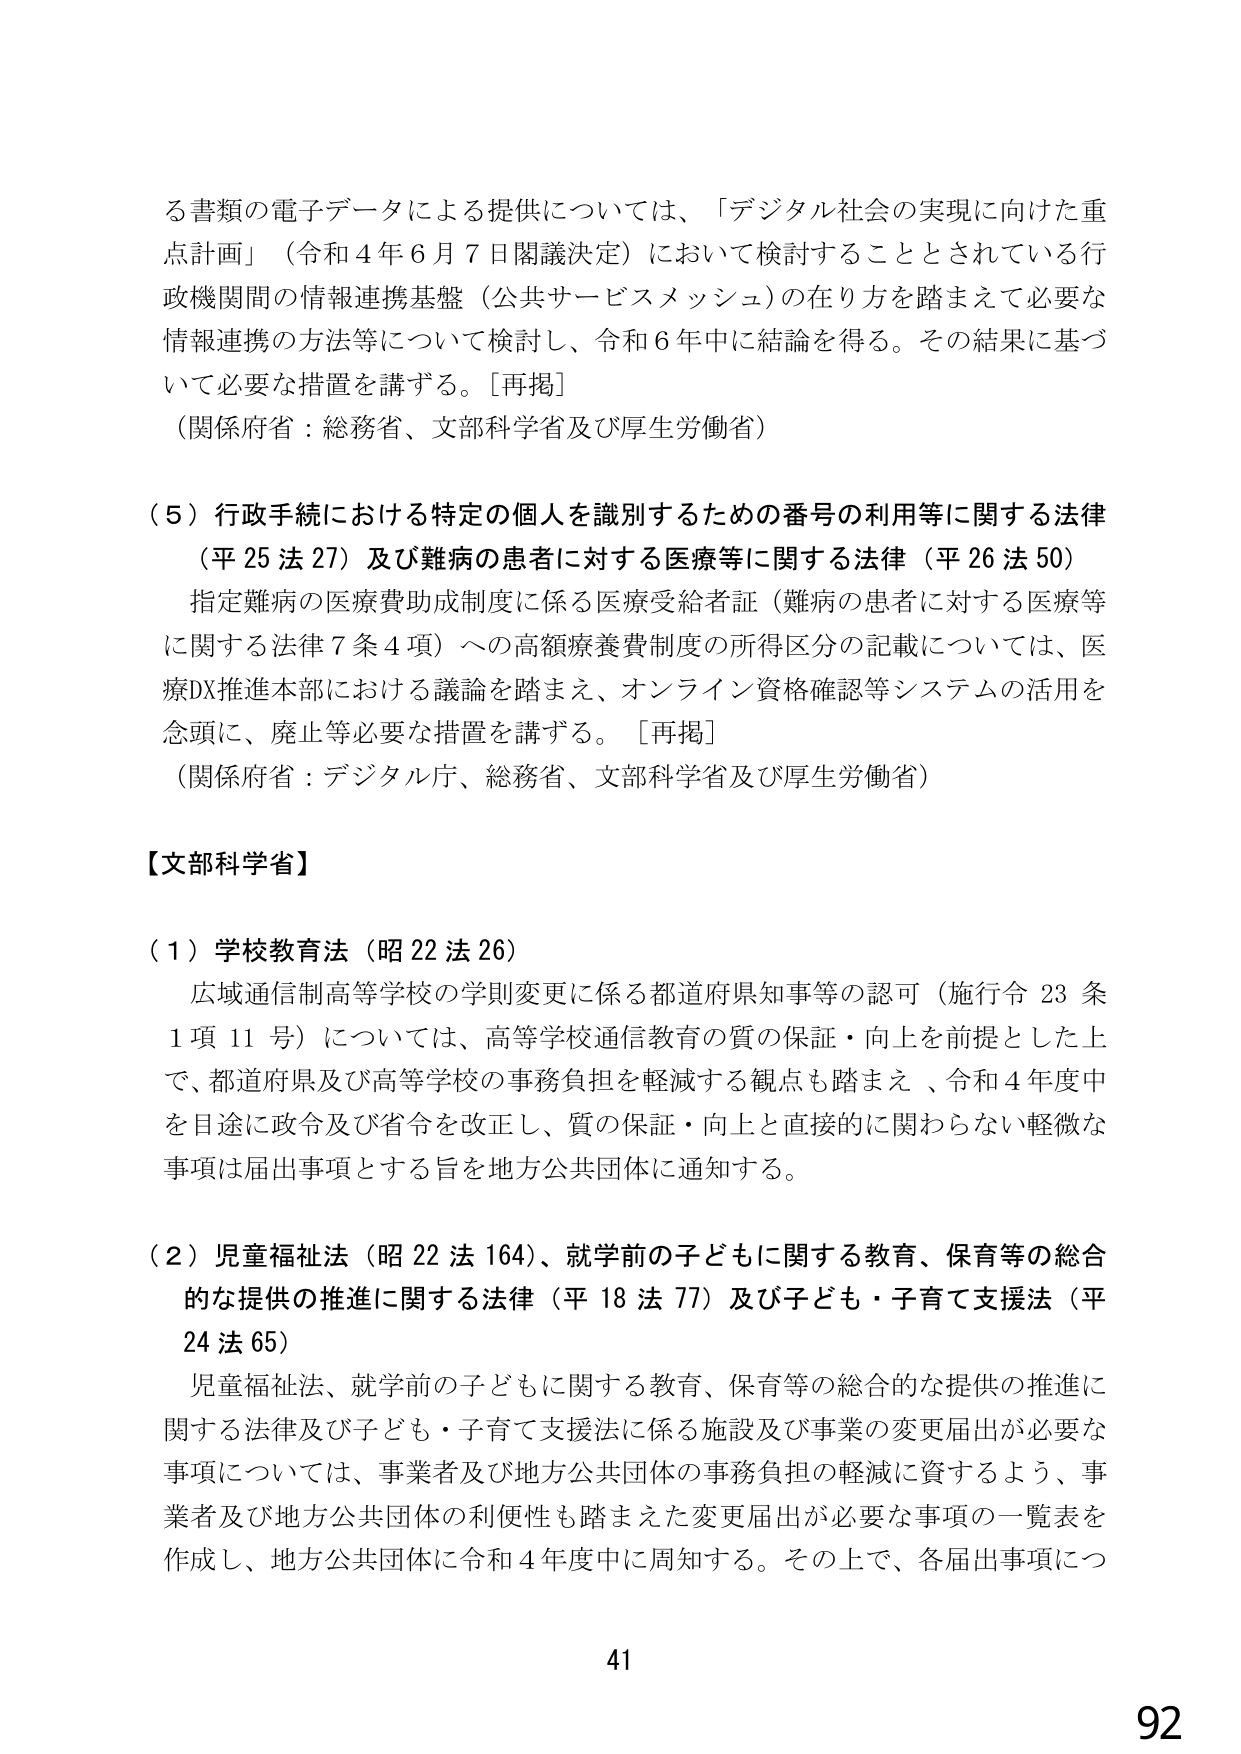
る書類の電子データによる提供については、「デジタル社会の実現に向けた重点計画」（令和４年６月７日閣議決定）において検討することとされている行政機関間の情報連携基盤（公共サービスメッシュ）の在り方を踏まえて必要な情報連携の方法等について検討し、令和６年中に結論を得る。その結果に基づいて必要な措置を講ずる。［再掲］
（関係府省：総務省、文部科学省及び厚生労働省）

（５）行政手続における特定の個人を識別するための番号の利用等に関する法律（平25法27）及び難病の患者に対する医療等に関する法律（平26法50）
指定難病の医療費助成制度に係る医療受給者証（難病の患者に対する医療等に関する法律７条４項）への高額療養費制度の所得区分の記載については、医療DX推進本部における議論を踏まえ、オンライン資格確認等システムの活用を念頭に、廃止等必要な措置を講ずる。［再掲］
（関係府省：デジタル庁、総務省、文部科学省及び厚生労働省）

【文部科学省】

（１）学校教育法（昭22法26）
広域通信制高等学校の学則変更に係る都道府県知事等の認可（施行令23条１項11号）については、高等学校通信教育の質の保証・向上を前提とした上で、都道府県及び高等学校の事務負担を軽減する観点も踏まえ、令和４年度中を目途に政令及び省令を改正し、質の保証・向上と直接的に関わらない軽微な事項は届出事項とする旨を地方公共団体に通知する。

（２）児童福祉法（昭22法164）、就学前の子どもに関する教育、保育等の総合的な提供の推進に関する法律（平18法77）及び子ども・子育て支援法（平24法65）
児童福祉法、就学前の子どもに関する教育、保育等の総合的な提供の推進に関する法律及び子ども・子育て支援法に係る施設及び事業の変更届出が必要な事項については、事業者及び地方公共団体の事務負担の軽減に資するよう、事業者及び地方公共団体の利便性も踏まえた変更届出が必要な事項の一覧表を作成し、地方公共団体に令和４年度中に周知する。その上で、各届出事項につ

41
92